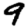
Digit: 9